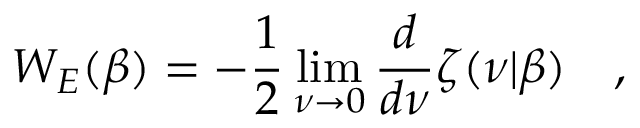
W _ { E } ( \beta ) = - \frac 1 2 \operatorname * { l i m } _ { \nu \rightarrow 0 } { \frac { d } { d \nu } } \zeta ( \nu | \beta ) ~ ~ ~ ,